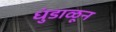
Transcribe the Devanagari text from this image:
धुंडाळून